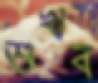
শুখব